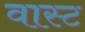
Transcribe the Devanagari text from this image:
वास्ट